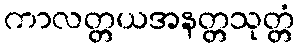
ကာလတ္တယအနတ္တသုတ္တံ